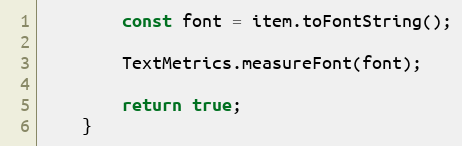
Language: JavaScript
        const font = item.toFontString();

        TextMetrics.measureFont(font);

        return true;
    }